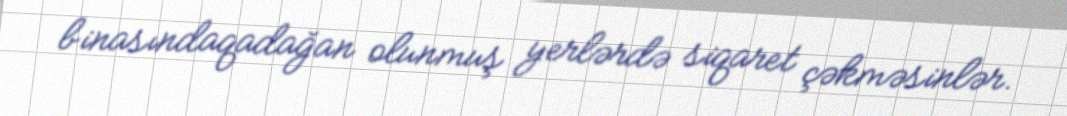
binasındaqadağan olunmuş yerlərdə siqaret çəkməsinlər.